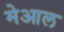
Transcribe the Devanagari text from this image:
मेआल